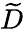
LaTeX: \widetilde{D}